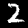
Label: 2